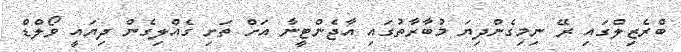
ބްރެޒިލްގައި ރޭ ނިމިގެންދިޔަ މުބާރާތުގައި އާޖެންޓީނާ އަށް ތަށި ގެއްލިގެން ދިޔައީ ވޯލްޑް